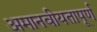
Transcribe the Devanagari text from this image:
अमानवीयतापूर्ण